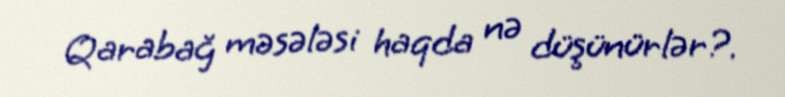
Qarabağ məsələsi haqda nə düşünürlər?.